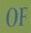
of